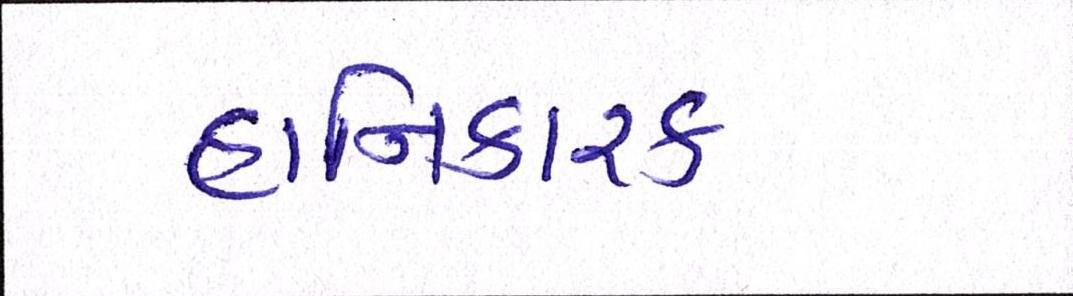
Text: હાનિકારક